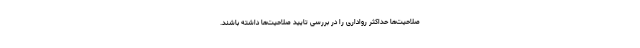
صلاحیت‌ها حداکثر رواداری را در بررسی تایید صلاحیت‌ها داشته باشند.